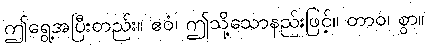
ဤရွေ့အပြီးတည်း။ ဧဝံ၊ ဤသို့သောနည်းဖြင့်။ တာဝ၊ စွာ။